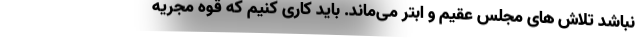
نباشد تلاش های مجلس عقیم و ابتر می‌ماند. باید کاری کنیم که قوه مجریه